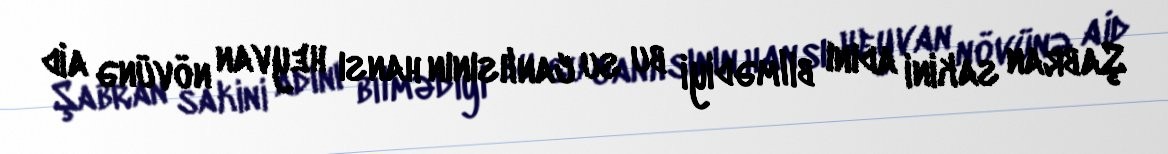
Şabran sakini adını bilmədiyi bu su canlısının hansı heyvan növünə aid